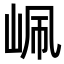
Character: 𡶺